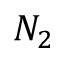
N _ { 2 }